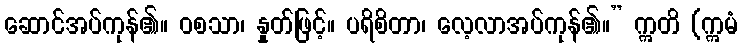
ဆောင်အပ်ကုန်၏။ ဝစသာ၊ နှုတ်ဖြင့်။ ပရိစိတာ၊ လေ့လာအပ်ကုန်၏။” ဣတိ (ဣမံ